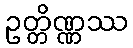
ဥတ္တိဏ္ဏဿ